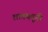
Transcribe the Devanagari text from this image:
शाक्यमूनी